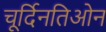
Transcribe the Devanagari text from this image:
चूर्दिनतिओन